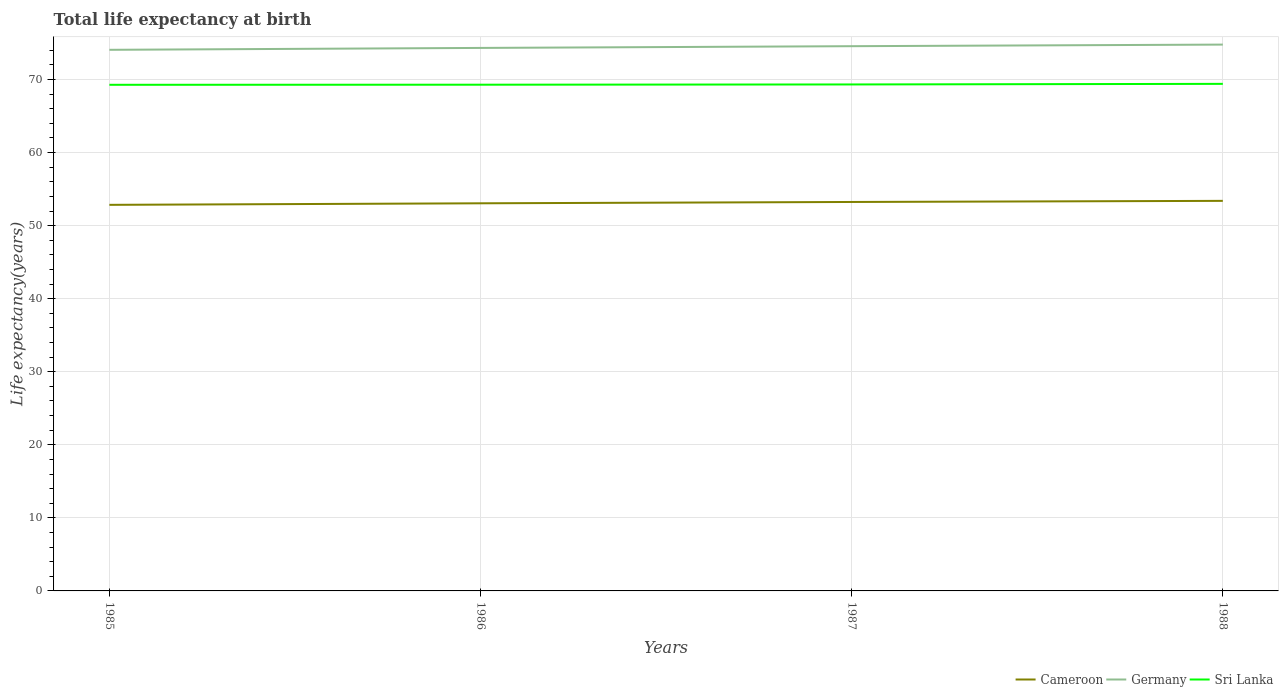
| Years | Cameroon | Germany | Sri Lanka |
 | --- | --- | --- | --- |
 | 1985 | 52.8 | 74.1 | 69.3 |
 | 1986 | 53.1 | 74.3 | 69.3 |
 | 1987 | 53.2 | 74.6 | 69.3 |
 | 1988 | 53.4 | 74.8 | 69.4 |